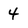
Character: 4